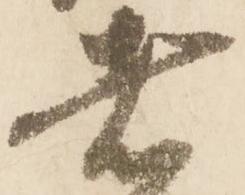
者